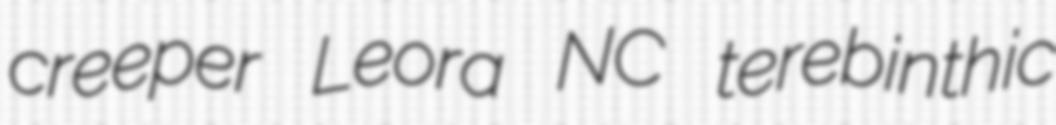
creeper Leora NC terebinthic